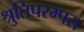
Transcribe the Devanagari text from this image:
श्रुतिपरम्परा